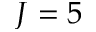
J = 5